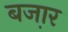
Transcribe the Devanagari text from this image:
बजा़र